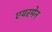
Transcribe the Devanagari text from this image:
एयरमेन